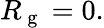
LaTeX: R_{\mathrm{~g~}}=0.